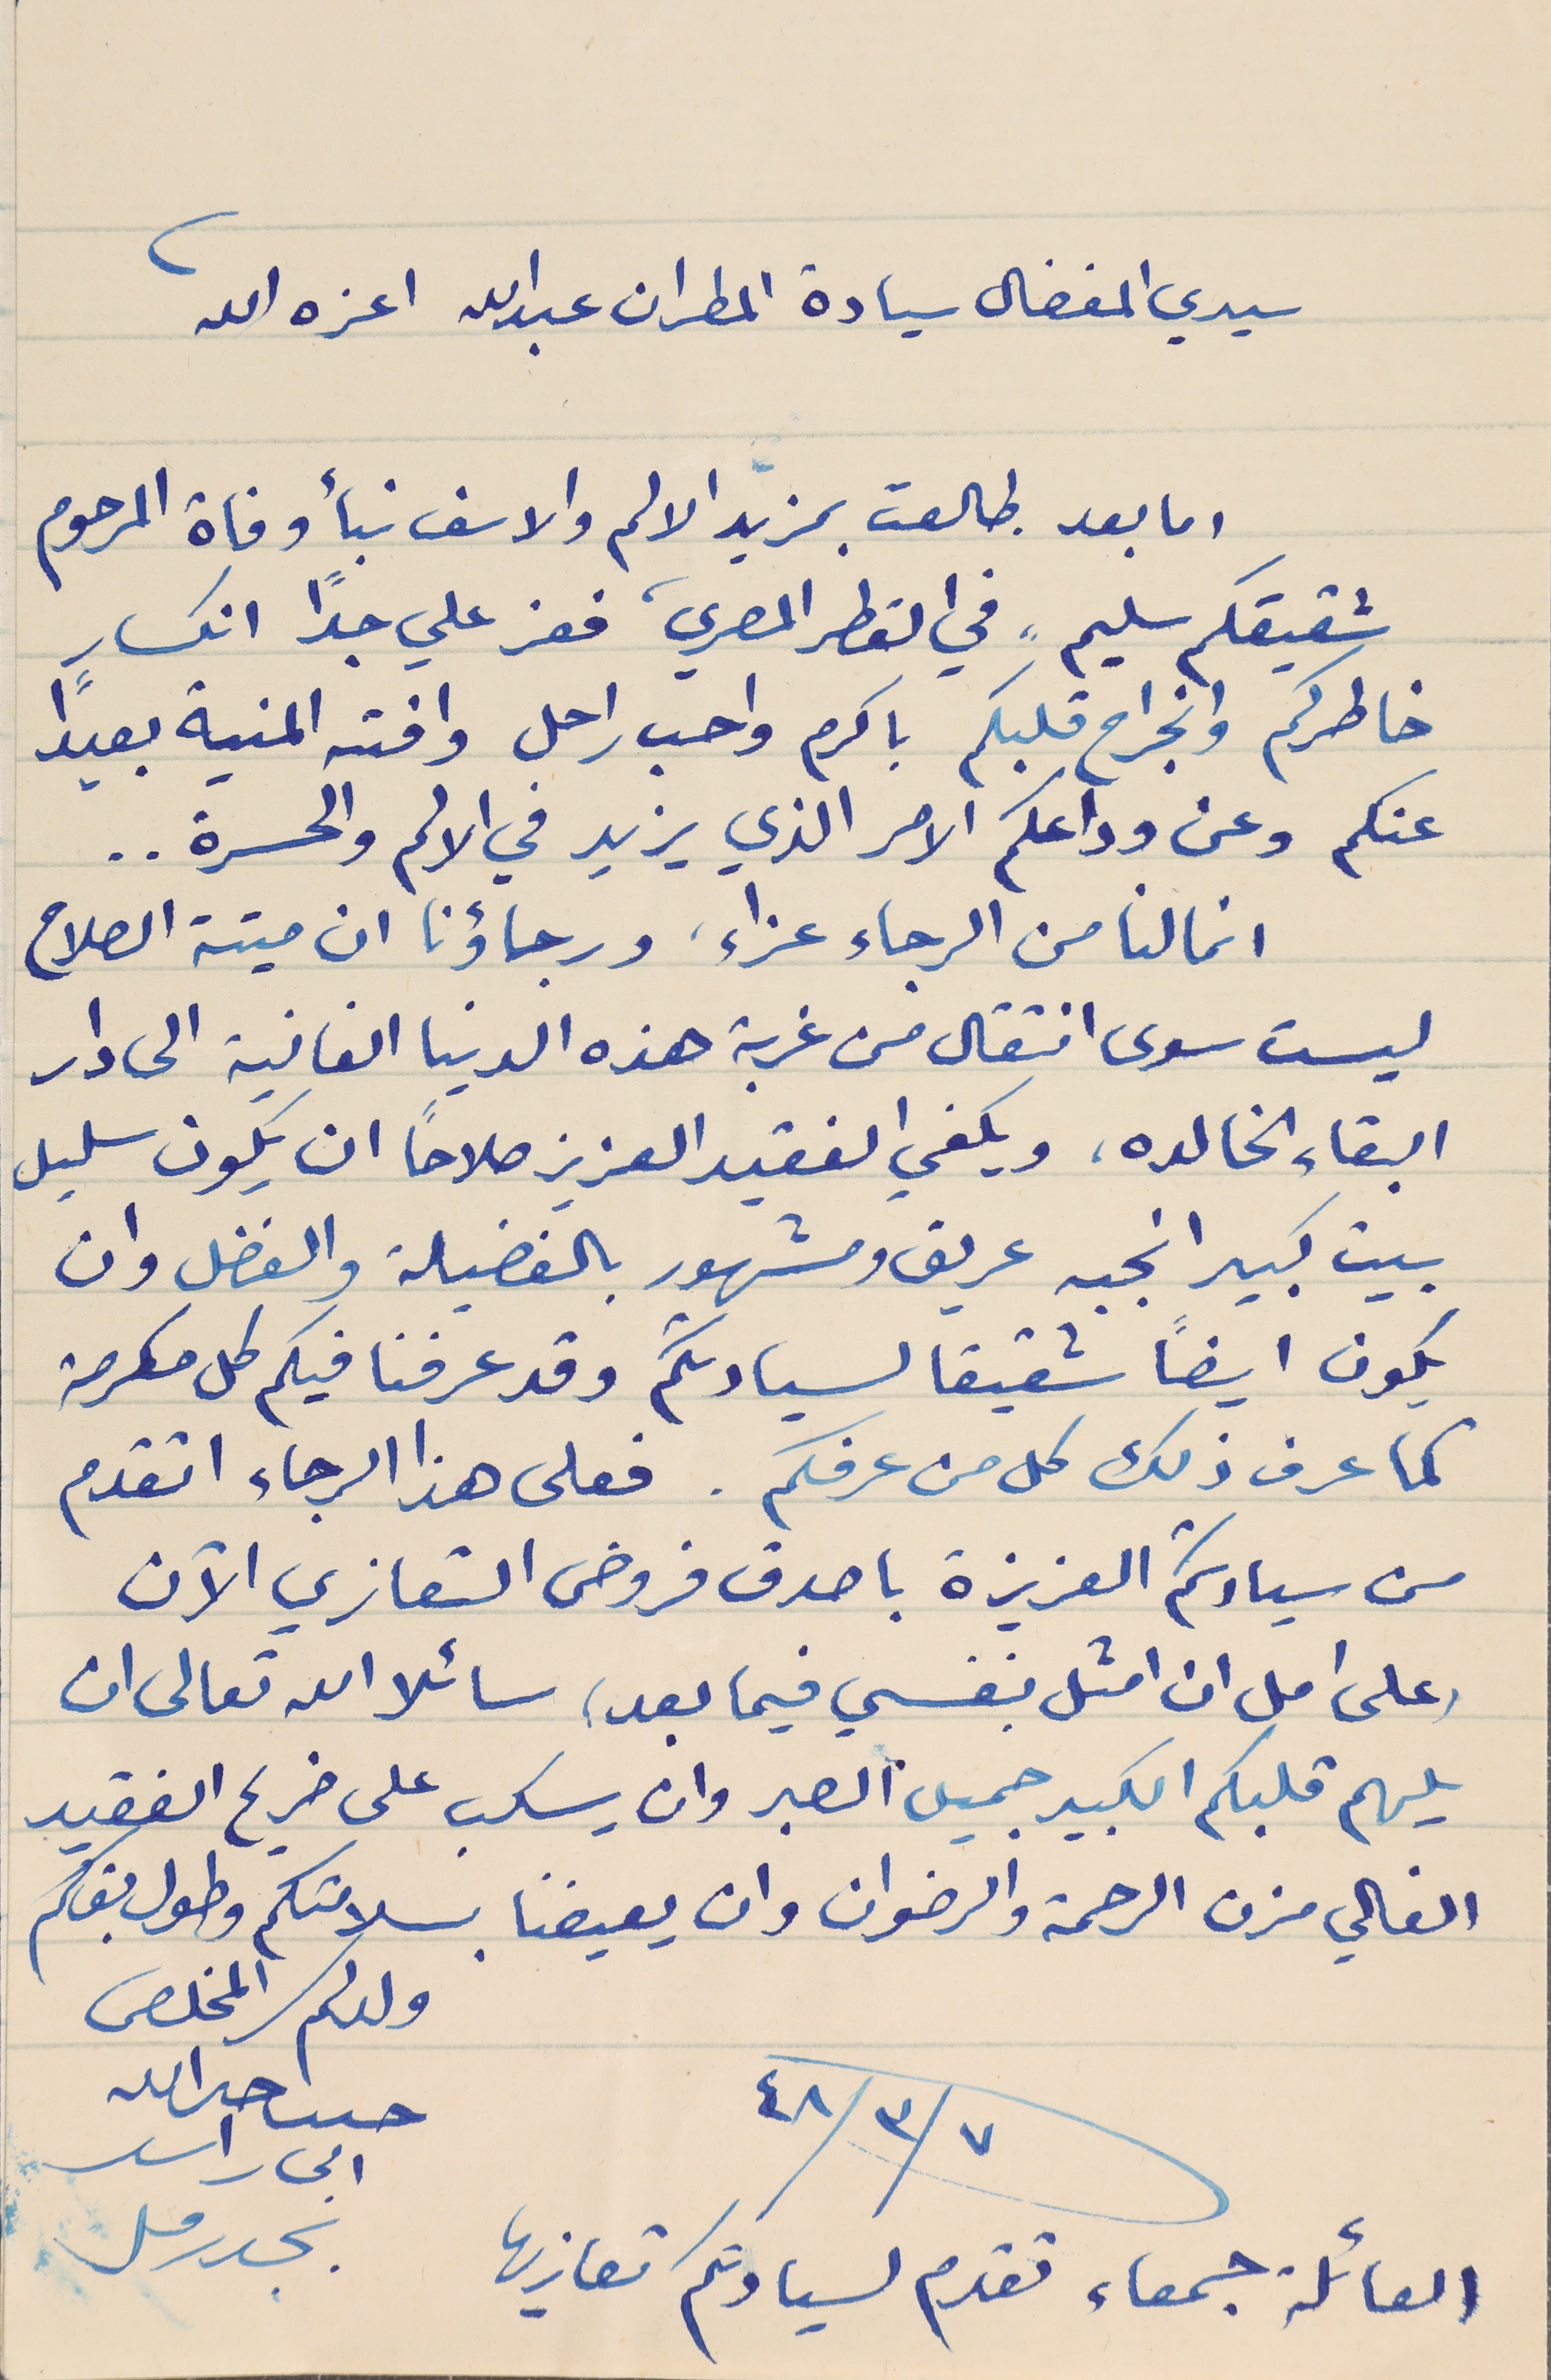
سيدي المفضال سيادة المطران عبدالله اعزه الله
اما بعد طالعت بمزيد الالم والاسف نبأ وفاة المرحوم
شقيقكم سليم، في القطر المصري، فعز علي جدًا انكسار
خاطركم وانجراح قلبكم باكرم واحب راحل وافته المنية بعيداً
عنكم وعن وداعكم الامر الذي يزيد في الالم والحسرة . .
انما لنا من الرجاء عزاء، ورجاؤنا ان ميتة الصلاح
ليست سوى انتقال من غربة هذه الدنيا الفانية الى دار
البقاء الخالده، ويكفي الفقيد العزيز صلاحاً ان يكون سليل
بيت كبير انجبه عريق ومشهور بالفضيلة والفضل وان
يكون ايضاً شقيقا لسيادتكم وقد عرفنا فيكم كل مكرمة
كما عرف ذلك كل من عرفكم. فعلى هذا الرجاء اتقدم
من سيادتكم العزيزة باصدق فروض التعازي الآن
وعلى امل ان امثل بنفسي فيما بعد، سائلا الله تعالى ان
يلهم قلبكم الكبير جميل الصبر وان يسكب على ضريح الفقيد
الغالي حزن الرحمة والرضوان وان يعيضنا بسلامتكم وطول بقاكم
حىىب حىرالله
٤٨/٣/٧
العائلة جمعاء تقدم لسيادتكم تعازيها
ابى راسد
بجدرفل
ولدكم المخلص